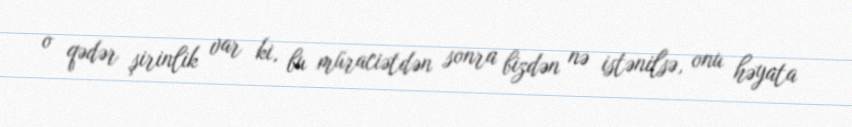
o qədər şirinlik var ki, bu müraciətdən sonra bizdən nə istənilsə, onu həyata